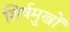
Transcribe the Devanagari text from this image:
शिर्षमुखों